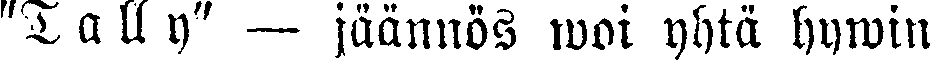
"T a ll y" — jäännös woi yhtä hywin